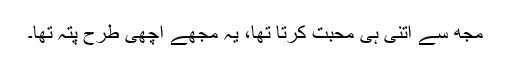
مجھ سے اتنی ہی محبت کرتا تھا، یہ مجھے اچھی طرح پتہ تھا۔